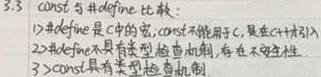
3.3 const 与 #define 比较：
1) #define 是 C 中的宏，const 不能用于 C，是在 C++中引入
2) #define 不具有类型检查机制，存在不安全性
3) const 具有类型检查机制